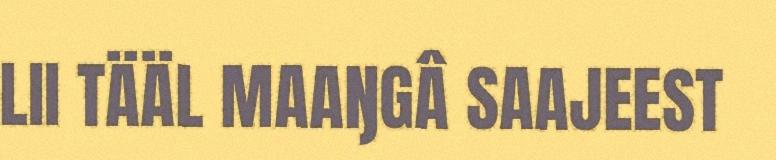
LII TÄÄL MAAŊGÂ SAAJEEST